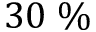
3 0 \; \%